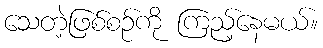
သေတဲ့ဖြစ်စဉ်ကို ကြည့်နေမယ်။